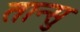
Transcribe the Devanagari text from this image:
तान्सु